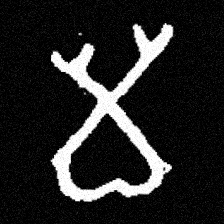
Pyu character \u2014 Myanmar letter: မ (romanized: ma)